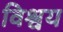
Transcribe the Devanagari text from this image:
विश्वय